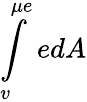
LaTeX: \int\limits_{v}^{\mu e}edA